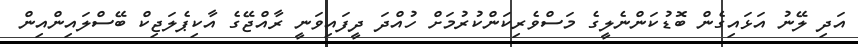
އަދި ލޭނު އަޅައިގެން ބޮޑުކަންނެލީގެ މަސްވެރިކަންކުރުމަށް ހުއްދަ ދީފައިވަނީ ރާއްޖޭގެ އާކިޕެލަޖިކް ބޭސްލައިންއިން